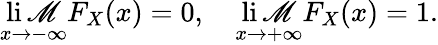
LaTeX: \operatorname*{li\mathscr{M}}_{x\to-\infty}F_{X}(x)=0,\quad\operatorname*{li\mathscr{M}}_{x\to+\infty}F_{X}(x)=1.